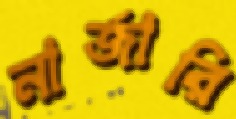
নার্জারি